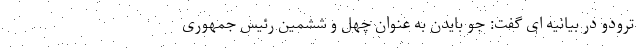
ترودو در بیانیه ای گفت: جو بایدن به عنوان چهل و ششمین رئیس جمهوری